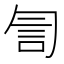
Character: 訇